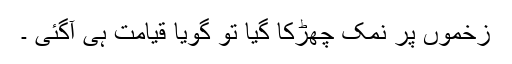
زخموں پر نمک چھڑکا گیا تو گویا قیامت ہی آگئی ۔